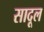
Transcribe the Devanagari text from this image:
सादूल